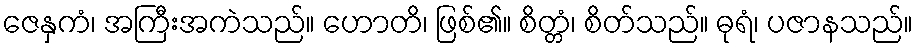
ဇေနှကံ၊ အကြီးအကဲသည်။ ဟောတိ၊ ဖြစ်၏။ စိတ္တံ၊ စိတ်သည်။ ဓုရံ၊ ပဇာနသည်။